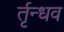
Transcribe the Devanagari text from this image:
र्तृन्धव